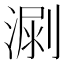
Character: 𣺳